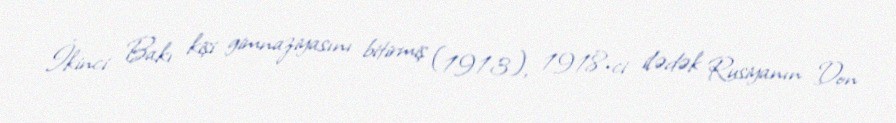
İkinci Bakı kişi gimnaziyasını bitirmiş (1913), 1918-ci ilədək Rusiyanın Don